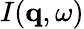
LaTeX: I(\mathbf{q},\omega)